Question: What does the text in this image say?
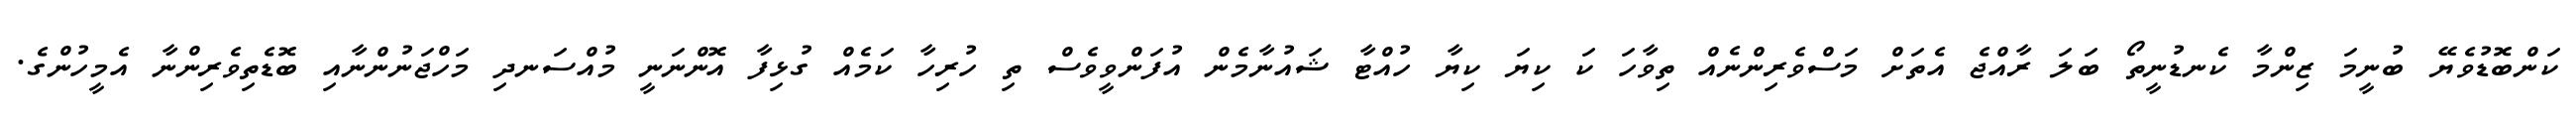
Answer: ކަންބޮޑުވެޔޭ ބުނީމަ ޒިންމާ ކެނޑުނީތޯ ބަލަ ރާއްޖެ އެތަށް މަސްވެރިންނެއް ތިވާހަ ކަ ކިޔަ ކިޔާ ހުއްޓާ ޝައުނާމެން އުފަންވީވެސް ތި ހުރިހާ ކަމެއް ގުޅިފާ އޮންނަނީ މުއްސަނދި މަހްޖަނުންނާއި ބޮޑެތިވެރިންނާ އެމީހުންގެ.